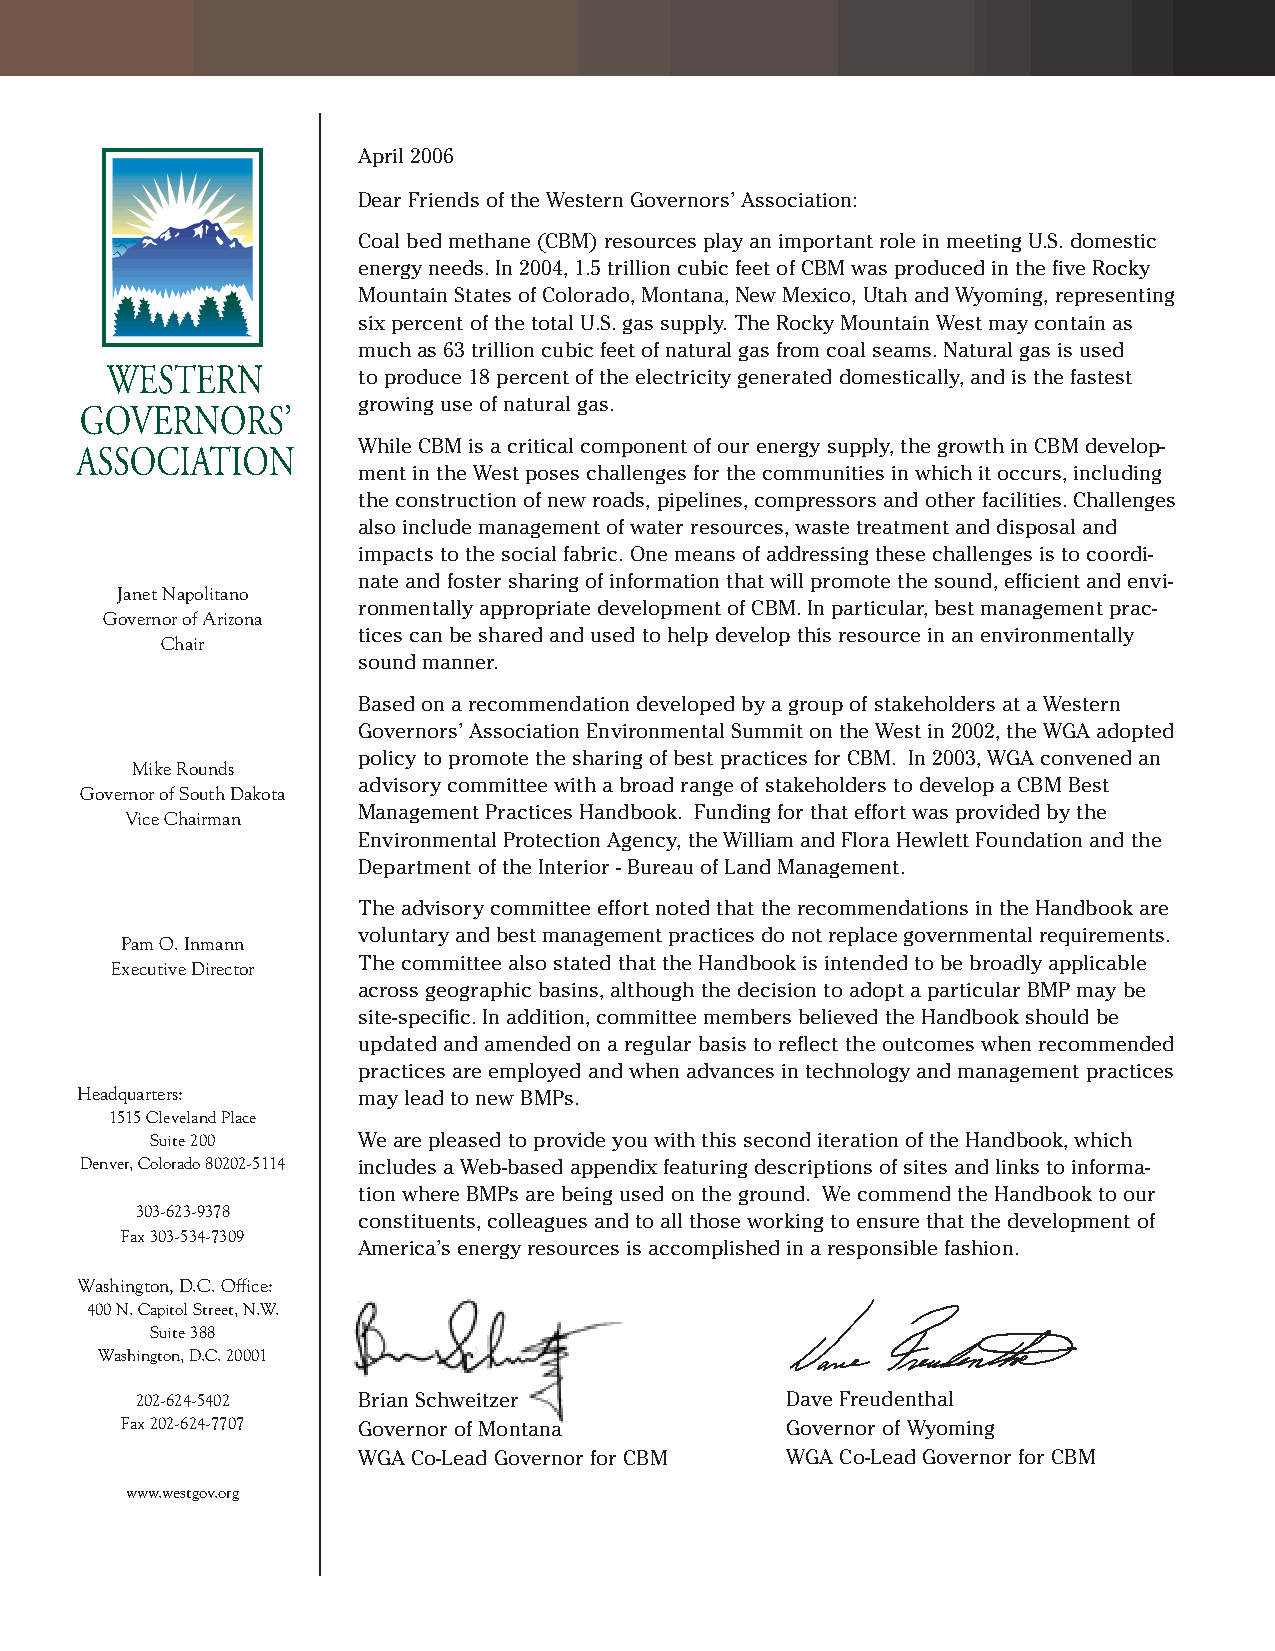
April 2006
 Dear Friends of the Western Governors’ Association:
 Coal bed methane (CBM) resources play an important role in meeting U.S. domestic
 energy needs. In 2004, 1.5 trillion cubic feet of CBM was produced in the five Rocky
 Mountain States of Colorado, Montana, New Mexico, Utah and Wyoming, representing
 six percent of the total U.S. gas supply. The Rocky Mountain West may contain as
 much as 63 trillion cubic feet of natural gas from coal seams. Natural gas is used
 to produce 18 percent of the electricity generated domestically, and is the fastest
 growing use of natural gas.
 While CBM is a critical component of our energy supply, the growth in CBM develop-
 ment in the West poses challenges for the communities in which it occurs, including
 the construction of new roads, pipelines, compressors and other facilities. Challenges
 also include management of water resources, waste treatment and disposal and
 impacts to the social fabric. One means of addressing these challenges is to coordi-
 nate and foster sharing of information that will promote the sound, efficient and envi-
 Janet Napolitano
 ronmentally appropriate development of CBM. In particular, best management prac-
 Governor of Arizona
 tices can be shared and used to help develop this resource in an environmentally
 Chair
 sound manner.
 Based on a recommendation developed by a group of stakeholders at a Western
 Governors’ Association Environmental Summit on the West in 2002, the WGA adopted
 policy to promote the sharing of best practices for CBM. In 2003, WGA convened an
 Mike Rounds
 advisory committee with a broad range of stakeholders to develop a CBM Best
 Governor of South Dakota
 Management Practices Handbook. Funding for that effort was provided by the
 Vice Chairman
 Environmental Protection Agency, the William and Flora Hewlett Foundation and the
 Department of the Interior - Bureau of Land Management.
 The advisory committee effort noted that the recommendations in the Handbook are
 voluntary and best management practices do not replace governmental requirements.
 Pam O. Inmann
 The committee also stated that the Handbook is intended to be broadly applicable
 Executive Director
 across geographic basins, although the decision to adopt a particular BMP may be
 site-specific. In addition, committee members believed the Handbook should be
 updated and amended on a regular basis to reflect the outcomes when recommended
 practices are employed and when advances in technology and management practices
 Headquarters:      may lead to new BMPs.
 1515 Cleveland Place
 Suite 200     We are pleased to provide you with this second iteration of the Handbook, which
 Denver, Colorado 80202-5114 includes a Web-based appendix featuring descriptions of sites and links to informa-
 tion where BMPs are being used on the ground. We commend the Handbook to our
 303-623-9378
 constituents, colleagues and to all those working to ensure that the development of
 Fax 303-534-7309
 America’s energy resources is accomplished in a responsible fashion.
 Washington, D.C. Office:
 400 N. Capitol Street, N.W.
 Suite 388
 Washington, D.C. 20001
 202-624-5402   Brian Schweitzer            Dave Freudenthal
 Fax 202-624-7707 Governor of Montana        Governor of Wyoming
 WGA Co-Lead Governor for CBM WGA Co-Lead Governor for CBM
 www.westgov.org